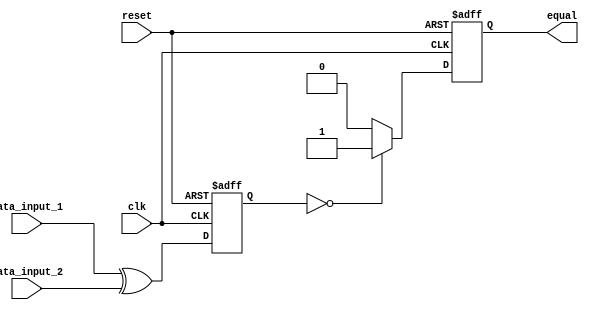
module serial_comparator (
    input wire clk,
    input wire reset,
    input wire [7:0] data_input_1,
    input wire [7:0] data_input_2,
    output reg equal
);

reg [7:0] result;

always @(posedge clk or posedge reset) begin
    if(reset) begin
        result <= 8'b0;
        equal <= 1'b0;
    end else begin
        result <= data_input_1 ^ data_input_2;
        equal <= (result == 8'b0) ? 1'b1 : 1'b0;
    end
end

endmodule